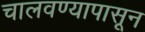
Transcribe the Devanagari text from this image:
चालवण्यापासून